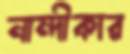
নান্দীকার